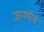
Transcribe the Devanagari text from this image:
जायथॉस